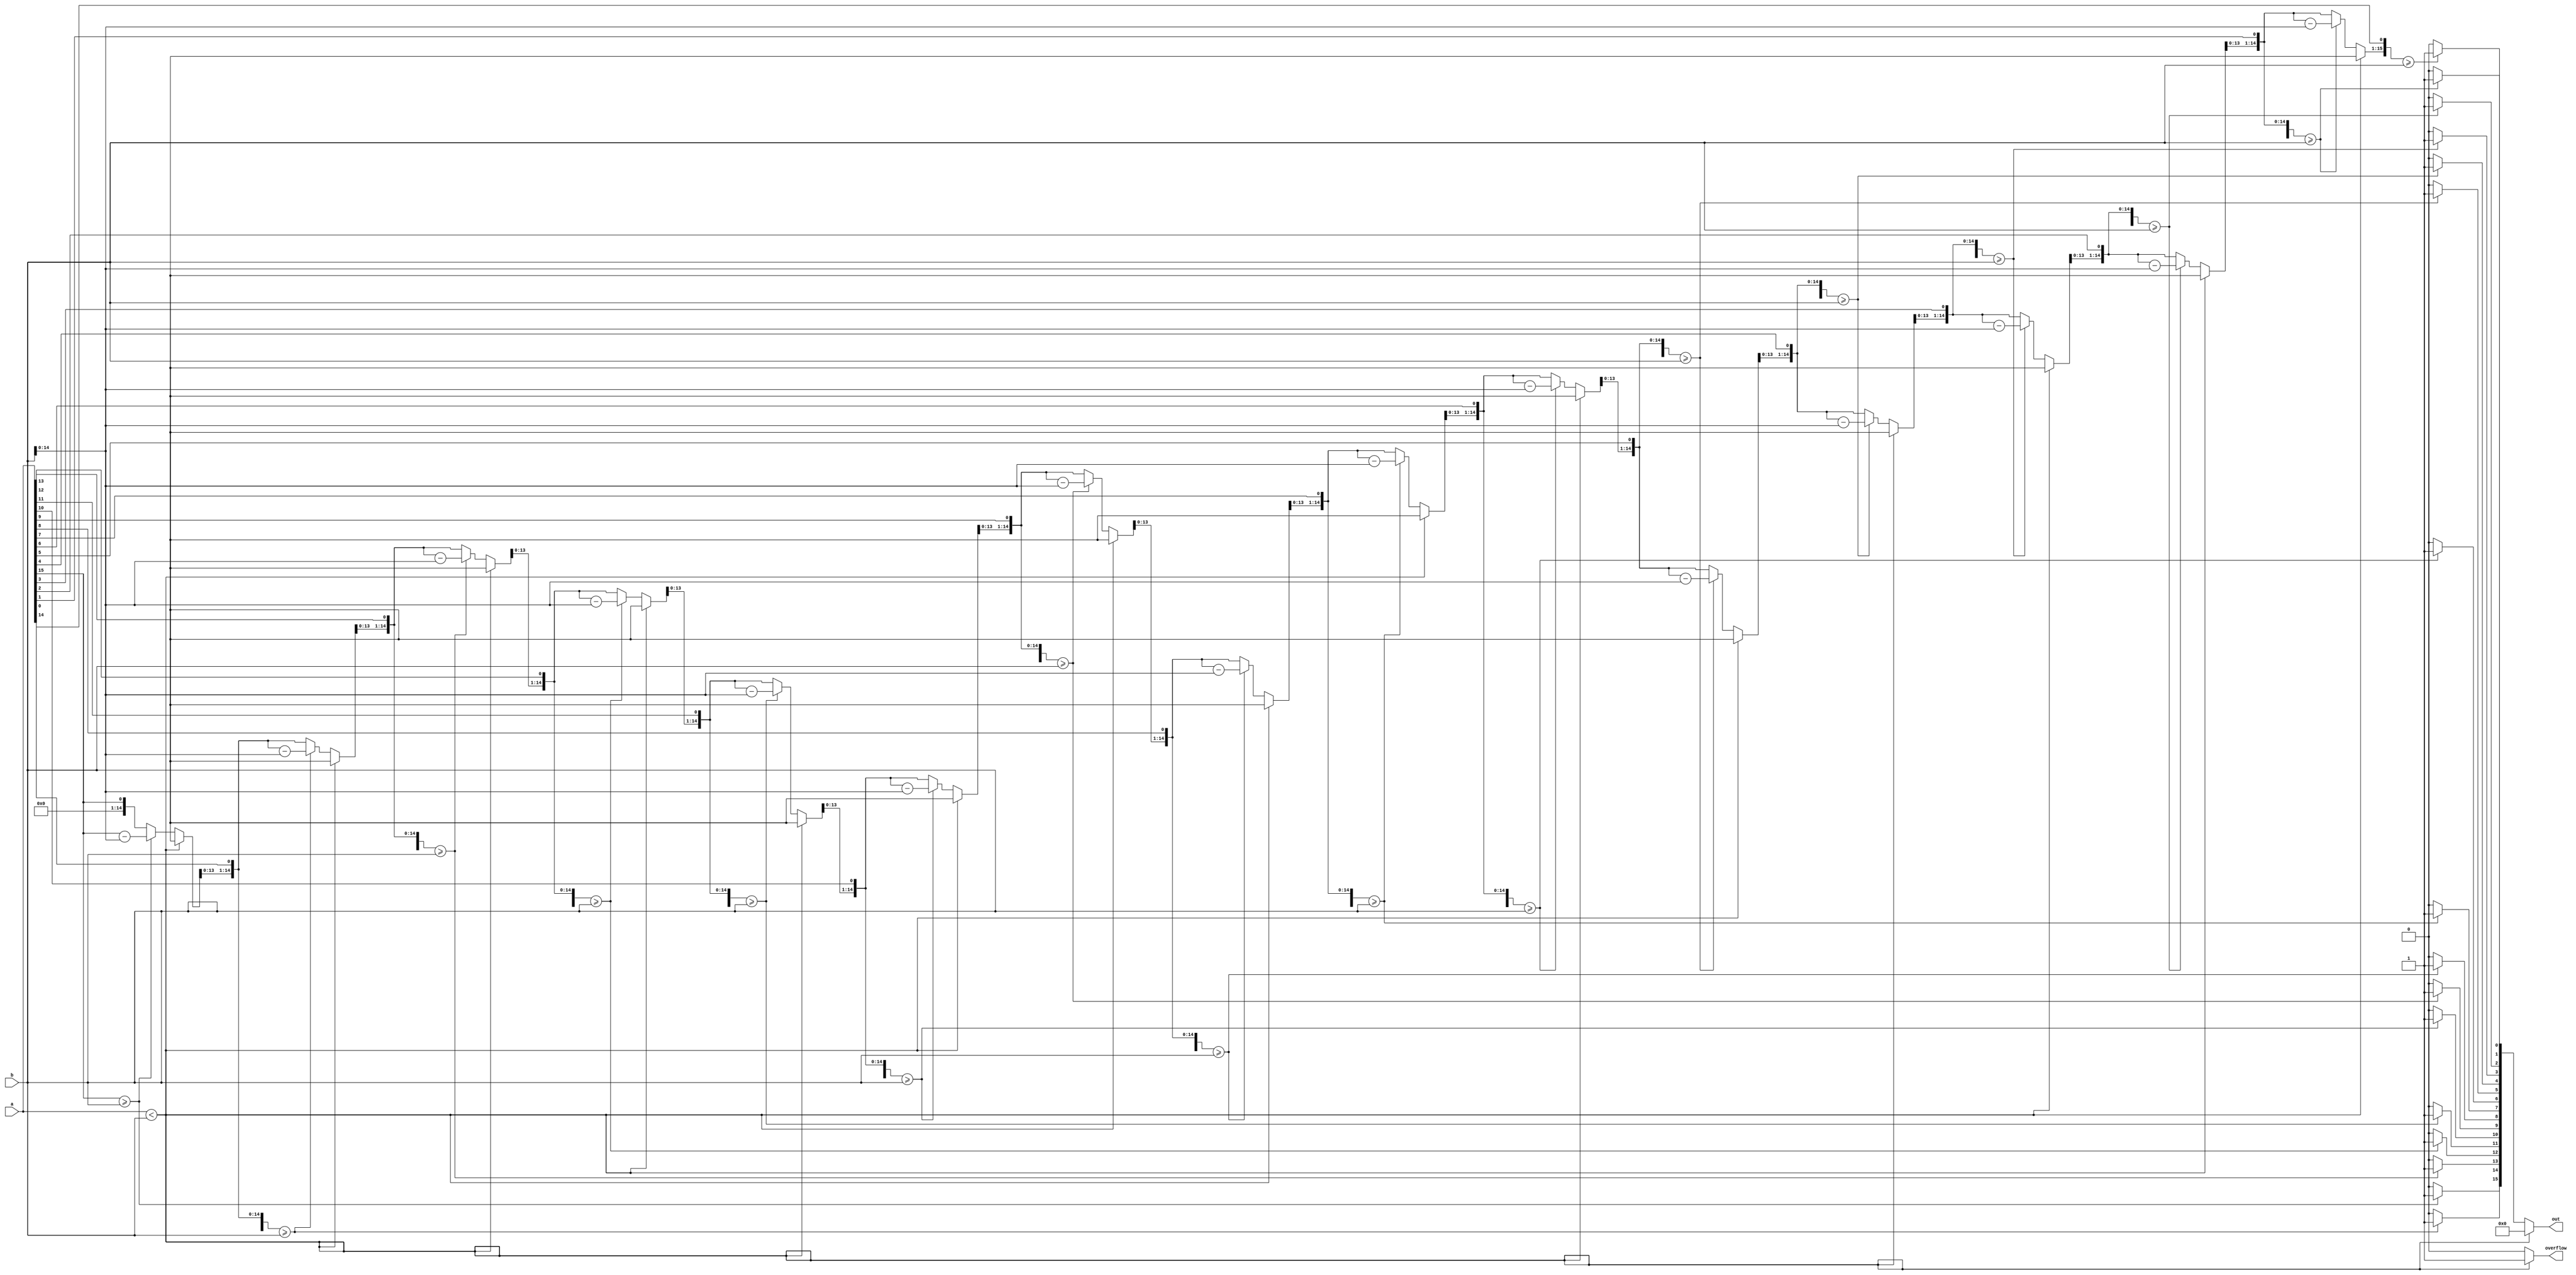
module div(input[15:0] a,b, output reg[15:0] out, output reg overflow);
	reg[31:0] R;
	
	always@(a,b)begin
		R = 0;
		R = a;
		if(a<b)begin
			out = 0;
			overflow = 1;
		end
		else begin
			repeat(16) begin
				R = R<<1;
				if(R[31:16]>=b) begin
					R[0] = 1;
					R[31:16] = R[31:16]-b;
				end
			end
			out = R[15:0];
			overflow = 0;
		end
	end
endmodule